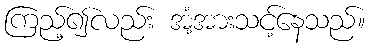
ကြည့်၍လည်း အံ့အားသင့်နေသည်။